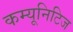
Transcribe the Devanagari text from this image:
कम्यूनिटिज